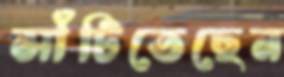
সাঁটিতেছেন